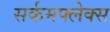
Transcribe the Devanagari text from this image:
सर्कमफ्लेक्स